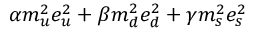
\alpha m _ { u } ^ { 2 } e _ { u } ^ { 2 } + \beta m _ { d } ^ { 2 } e _ { d } ^ { 2 } + \gamma m _ { s } ^ { 2 } e _ { s } ^ { 2 }